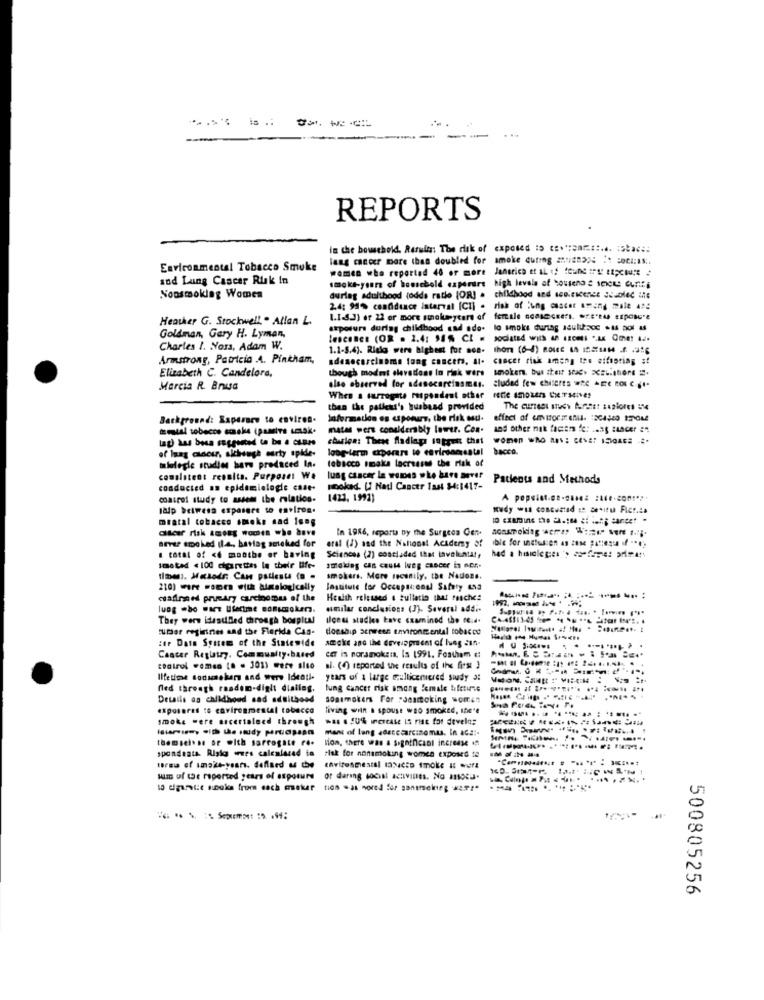
is ..
--
REPORTS
in the bowscheld. Reruim: The dik of exposed 15 ce **: aar ::... : 5tac ::
lang cancer more than doubled for smoke curing anNamDOS :* = OCI:IS :.
Environmental Tobacco Smuke
women who reported 46 or more
Janerich et AL . found Ing Epcsure
and Lung Cancer Risk In
smoke-years of household experdre high levels of Yousend & sect Curifs
Nonsmoking Women
during adulthood (odds ratio (OR) . childhood and scolescenes scablec ute
2.4: 94% confidence interval [CI) . risk of lung cancer among male 4 !!
Heather G. Stockwell . Allan L.
1.I.S.J) or 22 or more smolupyears of female ccascceers. "ce"tis exposure
exposure during childhood and ade- lo smoke during aculuce .as hor as
Goldman, Gary H. Lyman,
Charles 1. Nora, Adam W.
1.1-8.4). Risk were highest for sos- thon (6-4) AN- - --- 14 .4 .56
Armstrong, Patricia A. Pinkham,
adenocarcinoma long cancers, at- cancer risk among the eifooting st
Elizabeth C. Candelora,
though modest elevadoss lo risk wers
smokers, but ttert SPICY X =-- 45of =.
Marcia R Bnusa
also observed for adenocarcinomas.
cluded few chiserts WC -E' Ros c.g.
When a surrogate respondent other
than the patient's busbead provided
Background: Xsparare to environ.
Information es asponury, the risk osu.
matas were considerably lower. Com.
and other mik factre fe: . ung sancer ="
charles: These fladings inprett that women who ANS: CENE! IDIGAS# #.
of lung cancer, although edrty spide-
long-term experare to environmental
bacco
miologie studies hare produced In.
tobacco smaks lacressas the risk of
comalstest results. Purpose: We
lung cancer la womes who have aover
Patients and Methods
conducted an epidemiologie case-
Hooked. [J Natl Cancer Tast $4:1417-
control study to assess the relation-
1423, 1992)
lalp betwesa exposure to environ.
mratal tobacco smoke sad long
cser risk among women who have
In 1986, report by the Surgeon Gene
Bever smoked ila, harlag smoked for
eral (1) and the National Academy of
a total of <6 months or having
Sciences (2) concluded that laveluntat,
Imsted < 100 cigarettes le their life-
smoking can cause weg cancer in nor ..
time). HEsodr: Can pallesta (a -
smokers. More recently, the Nadoss.
210) more momra with ainslogically
Institute for Occupaicoul Safety 493
csafinned primary carcinomas of the
Health released & bulletin that resche!
lung who want Ufertme somsmokers.
similar conclusions (3). Several addi-
They were idesulled through borpit!
Ilcess studies have czaminod the re ...
umer registres and the Florida Cas-
doeship screen Environmental tobacco
:tr Data System of the Statewide
smoke and the devevaprest of lueg sin.
-----
ce is noramoks:a. Is 1991. Fontham c:
Cancer Reglatry. Community-based
coalrul women [. . 301) were sito
al. (0) reported the results of the first )
lifetime sonsmokers and were Identi-
years of a large mellicentered study 3:
ned through roadon-digit dialing,
lung cancer risk among female bileturie
Details as childhood sad adulthood
sonsmokers For rocamtoking women
exposures to environmental tobacco
living wilnt . spouse wao smoked, IDe'e
smoke were arcertalaed through
mani of lang adecccarcinoma. In aca :-
themseitss or with surrogate ro.
lion, there was a Significant increase
----
spondeata Risk wurs calenlaced to
tisk for nonsmoking women exposed to
sim of Ie reported years of exposure
or daring social activities. No 1110cu-
10 digande sooks from each msskur
500805256